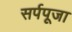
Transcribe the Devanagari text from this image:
सर्पपूजा